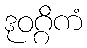
ဒုဝဂ္ဂိကံ